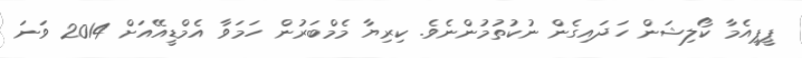
ޕީޕީއެމާ ކޯލިޝަން ހަދައިގެން ނުކުތުމުންނެވެ. ކިރިޔާ މެމްބަރުން ހަމަވާ އެމްޑީއޭއަށް 2014 ވަނަ